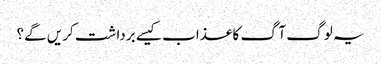
یہ لوگ آگ کا عذاب کیسے برداشت کریں گے؟